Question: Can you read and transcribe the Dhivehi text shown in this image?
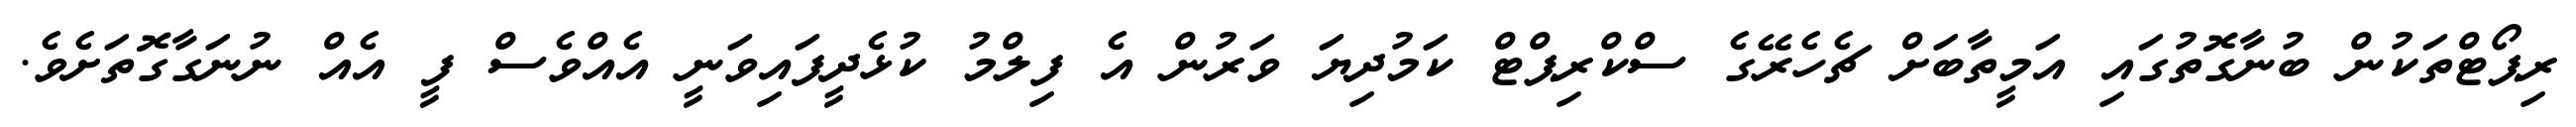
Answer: ރިޕޯޓްތަކުން ބުނާގޮތުގައި އަމީތާބަށް ޗެހެރޭގެ ސްކްރިޕްޓް ކަމުދިޔަ ވަރުން އެ ފިލްމު ކުޅެދީފައިވަނީ އެއްވެސް ފީ އެއް ނުނަގާގޮތަށެވެ.